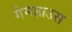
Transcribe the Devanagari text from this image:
गेमहाउस